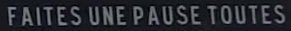
FAITES UNE PAUSE T